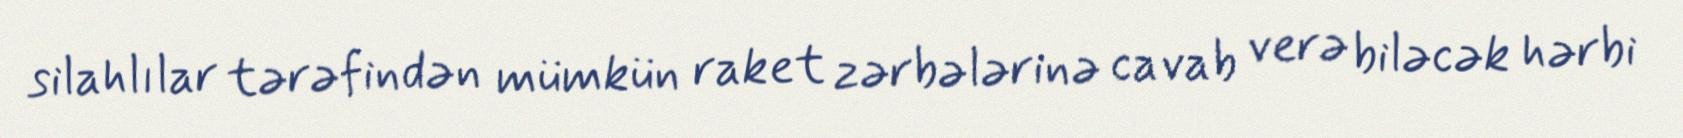
silahlılar tərəfindən mümkün raket zərbələrinə cavab verə biləcək hərbi